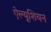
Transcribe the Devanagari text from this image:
ऐल्यूशियन